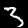
Label: 3